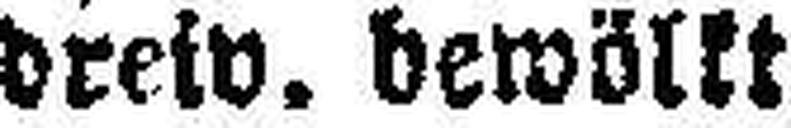
dreiv. bewölkt